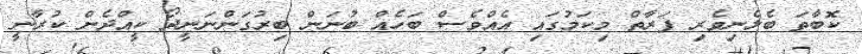
ކޮބާތަ ބެލެނިވެރި ފަރާތް މިކަމުގައި އެއްވެސް ބަހެއް ބުނަން ބިރުގަންނަނީދޯ ކީއްދެން ކުރާނީ